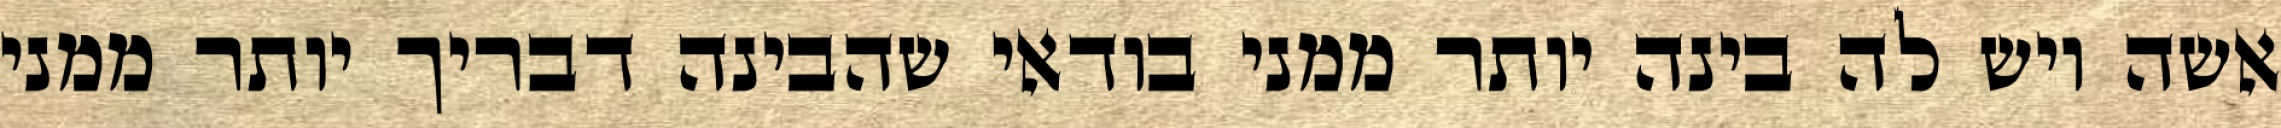
אשה ויש לה בינה יותר ממני בודאי שהבינה דבריך יותר ממני